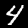
Digit: 4